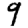
Digit: 9